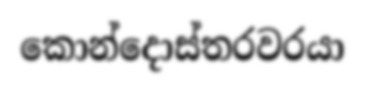
කොන්දොස්තරවරයා